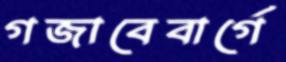
গজাবেবার্গে